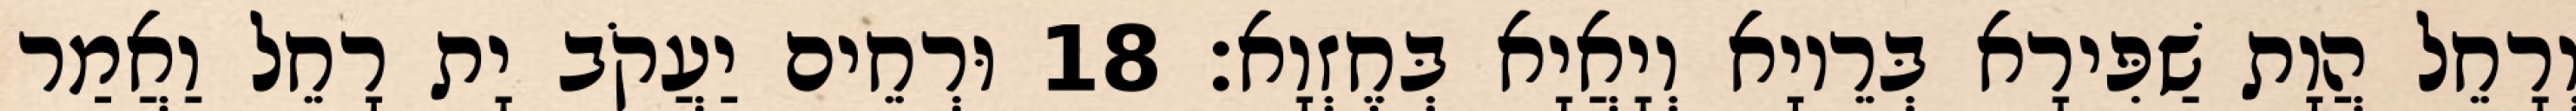
וְרָחֵל הֲוָת שַׁפִּירָא בְּרֵיוָא וְיָאֲיָא בְּחֶזְוָא׃ 18 וּרְחֵים יַעֲקֹב יָת רָחֵל וַאֲמַר